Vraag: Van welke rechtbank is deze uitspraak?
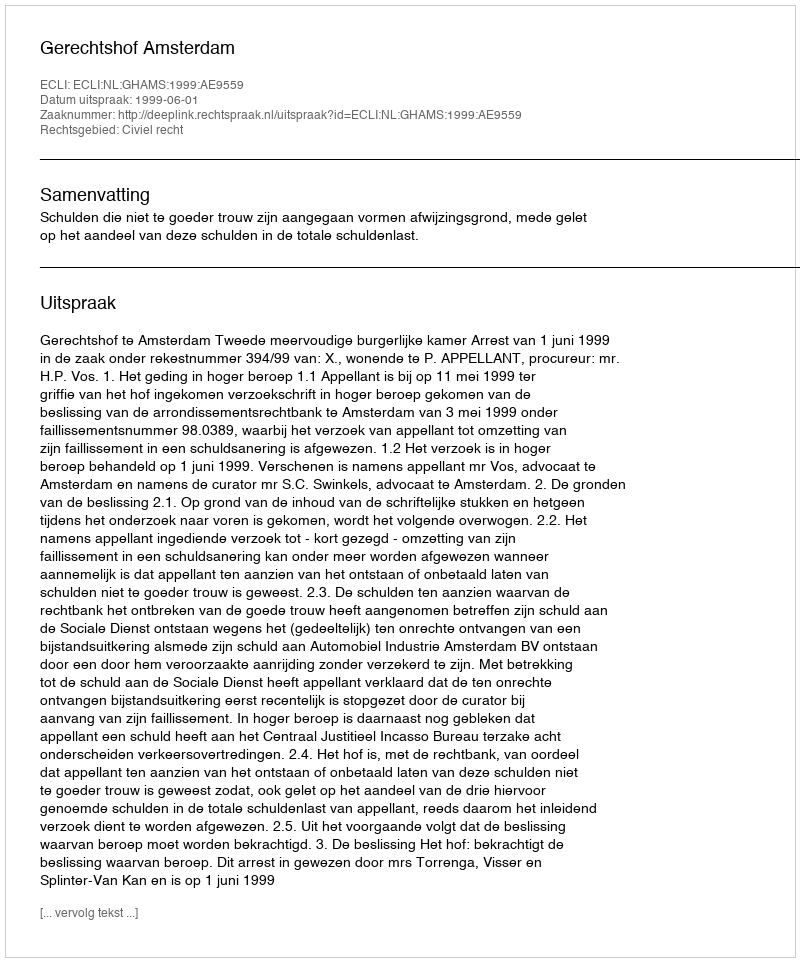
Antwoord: Gerechtshof Amsterdam